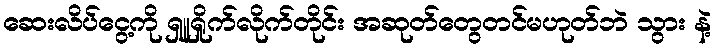
ဆေးလိပ်ငွေ့ကို ရှူရှိုက်လိုက်တိုင်း အဆုတ်တွေတင်မဟုတ်ဘဲ သွား နဲ့